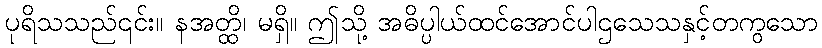
ပုရိသသည်၎င်း။ နအတ္ထိ၊ မရှိ။ ဤသို့ အဓိပ္ပါယ်ထင်အောင်ပါဌသေသနှင့်တကွသော